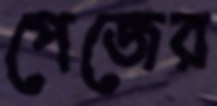
পেজের